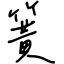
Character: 簧